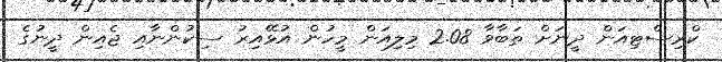
ކްރިސްޓިއަން ދީނަށް ތަބާވާ 2.08 މިލިއަން މީހުން އުޅޭއިރު ސިކުންނާއި ޖެއިން ދީނުގެ